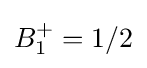
B_{1}^{+}=1/2